Report of the Indian Hemp Drugs Commission, 1894-1895 - Volume V
Year: 1894
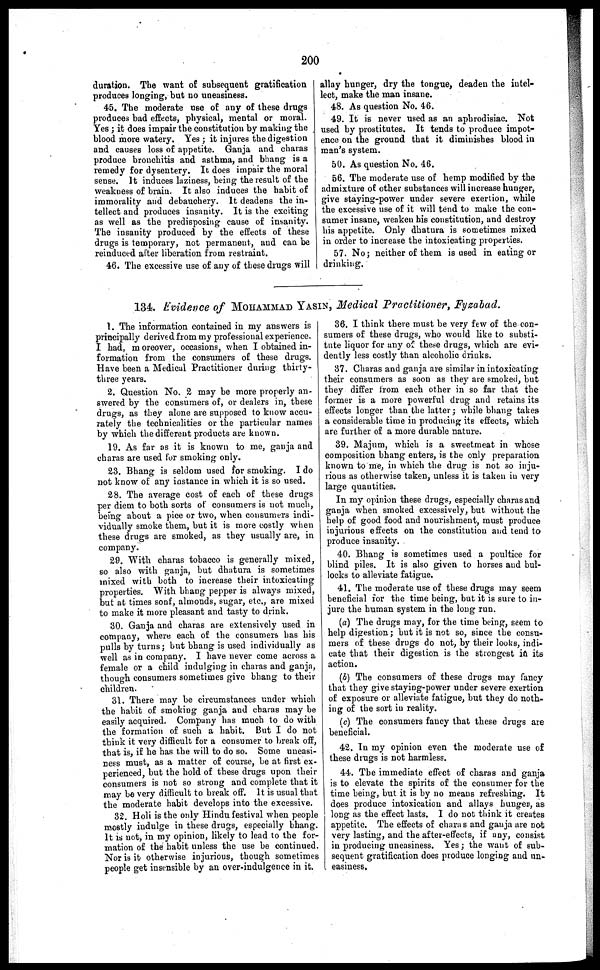
200
duration. The want of subsequent gratification
produces longing, but no uneasiness.
45. The moderate use of any of these drugs
produces bad effects, physical, mental or moral.
Yes ; it does impair the constitution by making the
blood more watery. Yes ; it injures the digestion
and causes loss of appetite. Ganja and charas
produce bronchitis and asthma, and bhang is a
remedy for dysentery. It does impair the moral
sense. It induces laziness, being the result of the
weakness of brain. It also induces the habit of
immorality and debauchery. It deadens the in-
tellect and produces insanity. It is the exciting
as well as the predisposing cause of insanity.
The insanity produced by the effects of these
drugs is temporary, not permanent, and can be
reinduced after liberation from restraint.
46. The excessive use of any of these drugs will
allay hunger, dry the tongue, deaden the intel-
lect, make the man insane.
48. As question No. 46.
49. It is never used as an aphrodisiac. Not
used by prostitutes. It tends to produce impot-
ence on the ground that it diminishes blood in
man's system.
50. As question No. 46.
56. The moderate use of hemp modified by the
admixture of other substances will increase hunger,
give staying-power under severe exertion, while
the excessive use of it will tend to make the con-
sumer insane, weaken his constitution, and destroy
his appetite. Only dhatura is sometimes mixed
in order to increase the intoxicating properties.
57. No ; neither of them is used in eating or
drinking.
134. Evidence of MOHAMMAD YASIN, Medical Practitioner, Fyzabad.
1. The information contained in my answers is I
principally derived from my professional experience.
I had, moreover, occasions, when I obtained in-
formation from the consumers of these drugs.
Have been a Medical Practitioner during thirty-
three years.
2. Question No. 2 may be more properly an-
swered by the consumers of, or dealers in, these
drugs, as they alone are supposed to know accu-
rately the technicalities or the particular names
by which the different products are known.
19. As far as it is known to me, ganja and
charas are used lor smoking only.
23. Bhang is seldom used for smoking. I do
not know of any instance in which it is so used.
28. The average cost of each of these drugs
per diem to both sorts of consumers is not much,
being about a pice or two, when consumers indi-
vidually smoke them, but it is more costly when
these drugs are smoked, as they usually are, in
company.
29. With charas tobacco is generally mixed,
so also with ganja, but dhatura is sometimes
mixed with both to increase their intoxicating
properties. With bhang pepper is always mixed,
but at times sonf, almonds, sugar, etc., are mixed
to make it more pleasant and tasty to drink.
30. Ganja and charas are extensively used in
company, where each of the consumers has his
pulls by turns ; but bhang is used individually as
well as in company. I have never come across a
female or a child indulging in charas and ganja,
though consumers sometimes give bhang to their
children.
31. There may be circumstances under which
the habit of smoking ganja and charas may be
easily acquired. Company has much to do with
the formation of such a habit. But I do not
think it very difficult for a consumer to break off,
that is, if he has the will to do so. Some uneasi-
ness must, as a matter of course, be at first ex-
perienced, but the hold of these drugs upon their
consumers is not so strong and complete that it
may be very difficult to break off. It is usual that
the moderate habit develops into the excessive.
32. Holi is the only Hindu festival when people
mostly indulge in these drugs, especially bhang.
It is not, in my opinion, likely to lead to the for-
mation of the habit unless the use be continued.
Nor is it otherwise injurious, though sometimes
people get insensible by an over-indulgence in it.
36. I think there must be very few of the con-
sumers of these drugs, who would like to substi-
tute liquor for any of these drugs, which are evi-
dently less costly than alcoholic drinks.
37. Charas and ganja are similar in intoxicating
their consumers as soon as they are smoked, but
they differ from each other in so far that the
former is a more powerful drug and retains its
effects longer than the latter ; while bhang takes
a considerable time in producing its effects, which
are further of a more durable nature.
39. Majum, which is a sweetmeat in whose
composition bhang enters, is the only preparation
known to me, in which the drug is not so inju-
rious as otherwise taken, unless it is taken in very
large quantities.
In my opinion these drugs, especially charas and
ganja when smoked excessively, but without the
help of good food and nourishment, must produce
injurious effects on the constitution and tend to
produce insanity.
40. Bhang is sometimes used a poultice for
blind piles. It is also given to horses and bul-
locks to alleviate fatigue.
41. The moderate use of these drugs may seem
beneficial for the time being, but it is sure to in-
jure the human system in the long run.
(a) The drugs may, for the time being, seem to
help digestion ; but it is not so, since the consu-
mers of these drugs do not, by their looks, indi-
cate that their digestion is the strongest in its
action,
(b) The consumers of these drugs may fancy
that they give staying-power under severe exertion
of exposure or alleviate fatigue, but they do noth-
ing of the sort in reality.
(c) The consumers fancy that these drugs are
beneficial.
42. In my opinion even the moderate use of
these drugs is not harmless.
44. The immediate effect of charas and ganja
is to elevate the spirits of the consumer for the
time being, but it is by no means refreshing. It
does produce intoxication and allays hunger, as
long as the effect lasts. I do not think it creates
appetite. The effects of charas and ganja are not
very lasting, and the after-effects, if any, consist
in producing uneasiness. Yes; the want of sub-
sequent gratification does produce longing and un-
easiness.